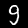
Digit: 9